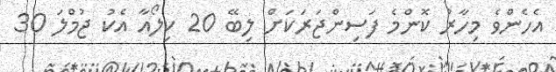
އެހެންވެ މިހާރު ކޮންމެ ފަސިންޖަރަކަށް ލިބޭ 20 ކިލޯއާ އެކު ޖުމްލަ 30